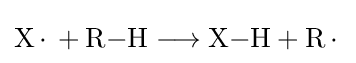
{\mathrm {X} \,{\cdot }\,{}+{}\mathrm {R} {-}\mathrm {H} {}\mathrel {\longrightarrow } {}\mathrm {X} {-}\mathrm {H} {}+{}\mathrm {R} \,{\cdot }\,}